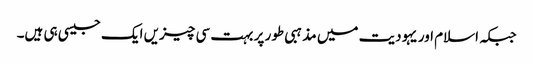
جبکہ اسلام اور یہودیت میں مذہبی طور پر بہت سی چیزیں ایک جیسی ہی ہیں۔